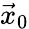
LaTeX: \vec{x}_{0}